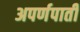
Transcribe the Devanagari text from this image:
अपर्णपाती